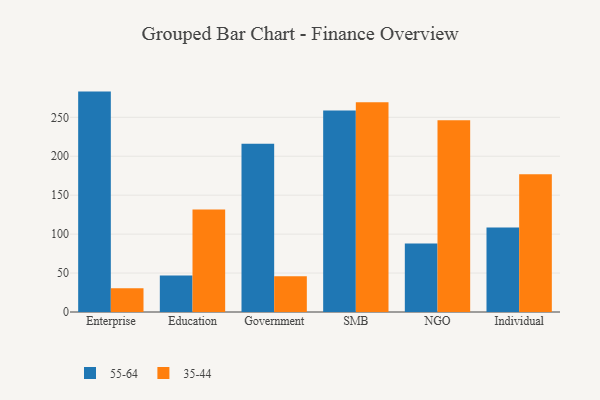
{"axis": {"x": "Segment", "y": "Gross Profit (USD K)"}, "legend": ["35-44", "55-64"], "data": [{"x": "Enterprise", "y": 283.0, "type": "55-64"}, {"x": "Enterprise", "y": 30.4, "type": "35-44"}, {"x": "Education", "y": 46.8, "type": "55-64"}, {"x": "Education", "y": 131.5, "type": "35-44"}, {"x": "Government", "y": 216.0, "type": "55-64"}, {"x": "Government", "y": 45.9, "type": "35-44"}, {"x": "SMB", "y": 258.6, "type": "55-64"}, {"x": "SMB", "y": 269.4, "type": "35-44"}, {"x": "NGO", "y": 87.9, "type": "55-64"}, {"x": "NGO", "y": 246.3, "type": "35-44"}, {"x": "Individual", "y": 108.4, "type": "55-64"}, {"x": "Individual", "y": 176.8, "type": "35-44"}]}